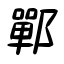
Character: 鄲